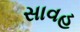
સાવહ